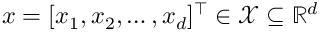
x = [ x _ { 1 } , x _ { 2 } , \ldots , x _ { d } ] ^ { \top } \in \mathcal { X } \subseteq \mathbb { R } ^ { d }